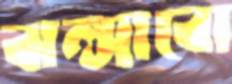
ঝল্‌সাবো